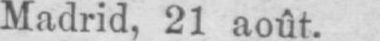
Madrid, 21 août.